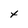
Character: x